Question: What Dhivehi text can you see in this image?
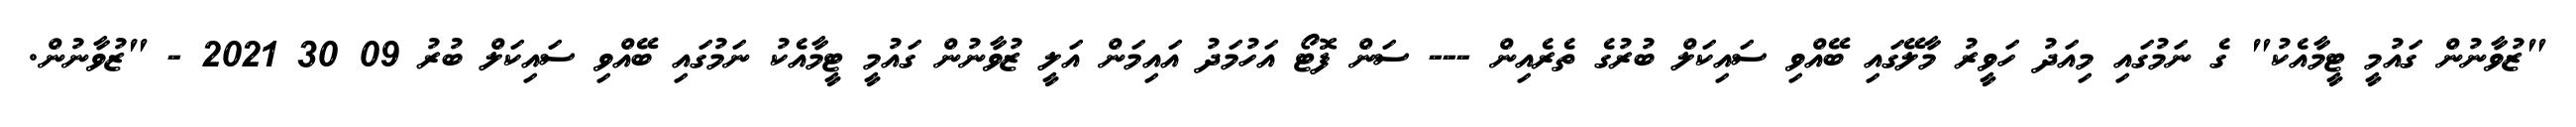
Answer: "ޒުވާނުން ގައުމީ ޓީމާއެކު" ގެ ނަމުގައި މިއަދު ހަވީރު މާލޭގައި ބޭއްވި ސައިކަލް ބުރުގެ ތެރެއިން --- ސަން ފޮޓޯ އަހުމަދު އައިމަން އަލީ ޒުވާނުން ގައުމީ ޓީމާއެކު ނަމުގައި ބޭއްވި ސައިކަލް ބުރު 09 30 2021 - "ޒުވާނުން.